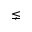
\lneq